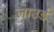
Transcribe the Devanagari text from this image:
लाउर्ड